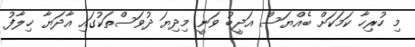
މި ހުރިހާ ކަމަކަށް ބެއްޔަސް އަދީބު ވަނީ މިދިޔަ ދުވަސްތަކުގައި އާދަޔާ ޚިލާފު